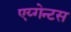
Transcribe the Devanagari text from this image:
एय्गेन्टस